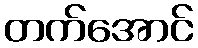
တက်အောင်